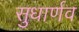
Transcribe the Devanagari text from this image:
सुधार्णव